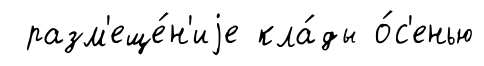
разм'еще́н'иjе кла́ды о́с'енью